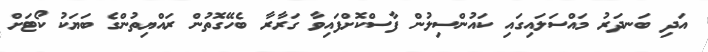
އަދި ބަނދަރު މައްސަލައިގައި ކައުންސިލުން ފާސްކޮށްފައިވާ ގަރާރާ ބެހޭގޮތުން ރައްޔިތުންގެ ބަޔަކު ކޯޓަށް